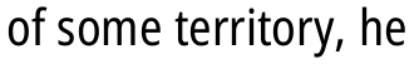
of some territory, he